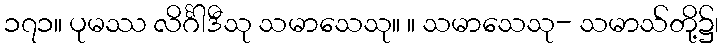
၁၇၁။ ပုမဿ လိင်္ဂါဒီသု သမာသေသု။ ။ သမာသေသု- သမာသ်တို့၌၊